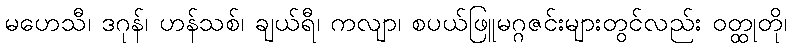
မဟေသီ၊ ဒဂုန်၊ ဟန်သစ်၊ ချယ်ရီ၊ ကလျာ၊ စပယ်ဖြူမဂ္ဂဇင်းများတွင်လည်း ဝတ္ထုတို၊